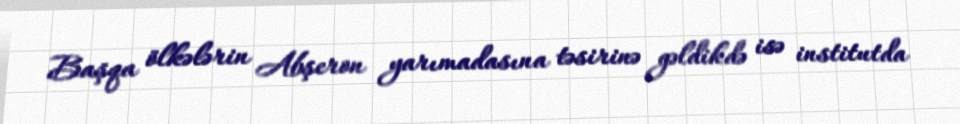
Başqa ölkələrin Abşeron yarımadasına təsirinə gəldikdə isə institutda